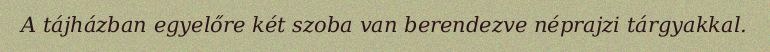
A tájházban egyelőre két szoba van berendezve néprajzi tárgyakkal.